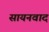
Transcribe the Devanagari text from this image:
सायनवाद